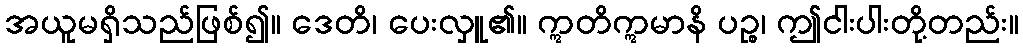
အယူမရှိသည်ဖြစ်၍။ ဒေတိ၊ ပေးလှူ၏။ ဣတိဣမာနိ ပဉ္စ၊ ဤငါးပါးတို့တည်း။